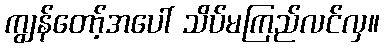
ကျွန်တော့်အပေါ် သိပ်မကြည်လင်လှ။